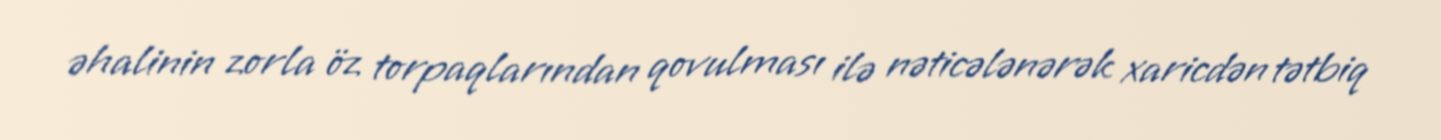
əhalinin zorla öz torpaqlarından qovulması ilə nəticələnərək xaricdən tətbiq